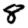
Digit: 8